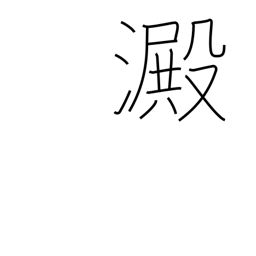
Meaning: sediment